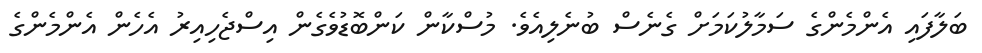
ބަލާފައި އެންމެންގެ ސަމާލުކަމަށް ގެނެސް ބުނެލިއެވެ. މުސްކާން ކަންބޮޑުވެގެން އިސްޖެހިއިރު އެހެން އެންމެންގެ